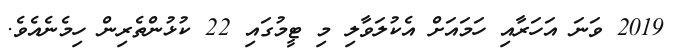
2019 ވަނަ އަހަރާއި ހަމައަށް އެކުލަވާލި މި ޓީމުގައި 22 ކުޅުންތެރިން ހިމެނެއެވެ.